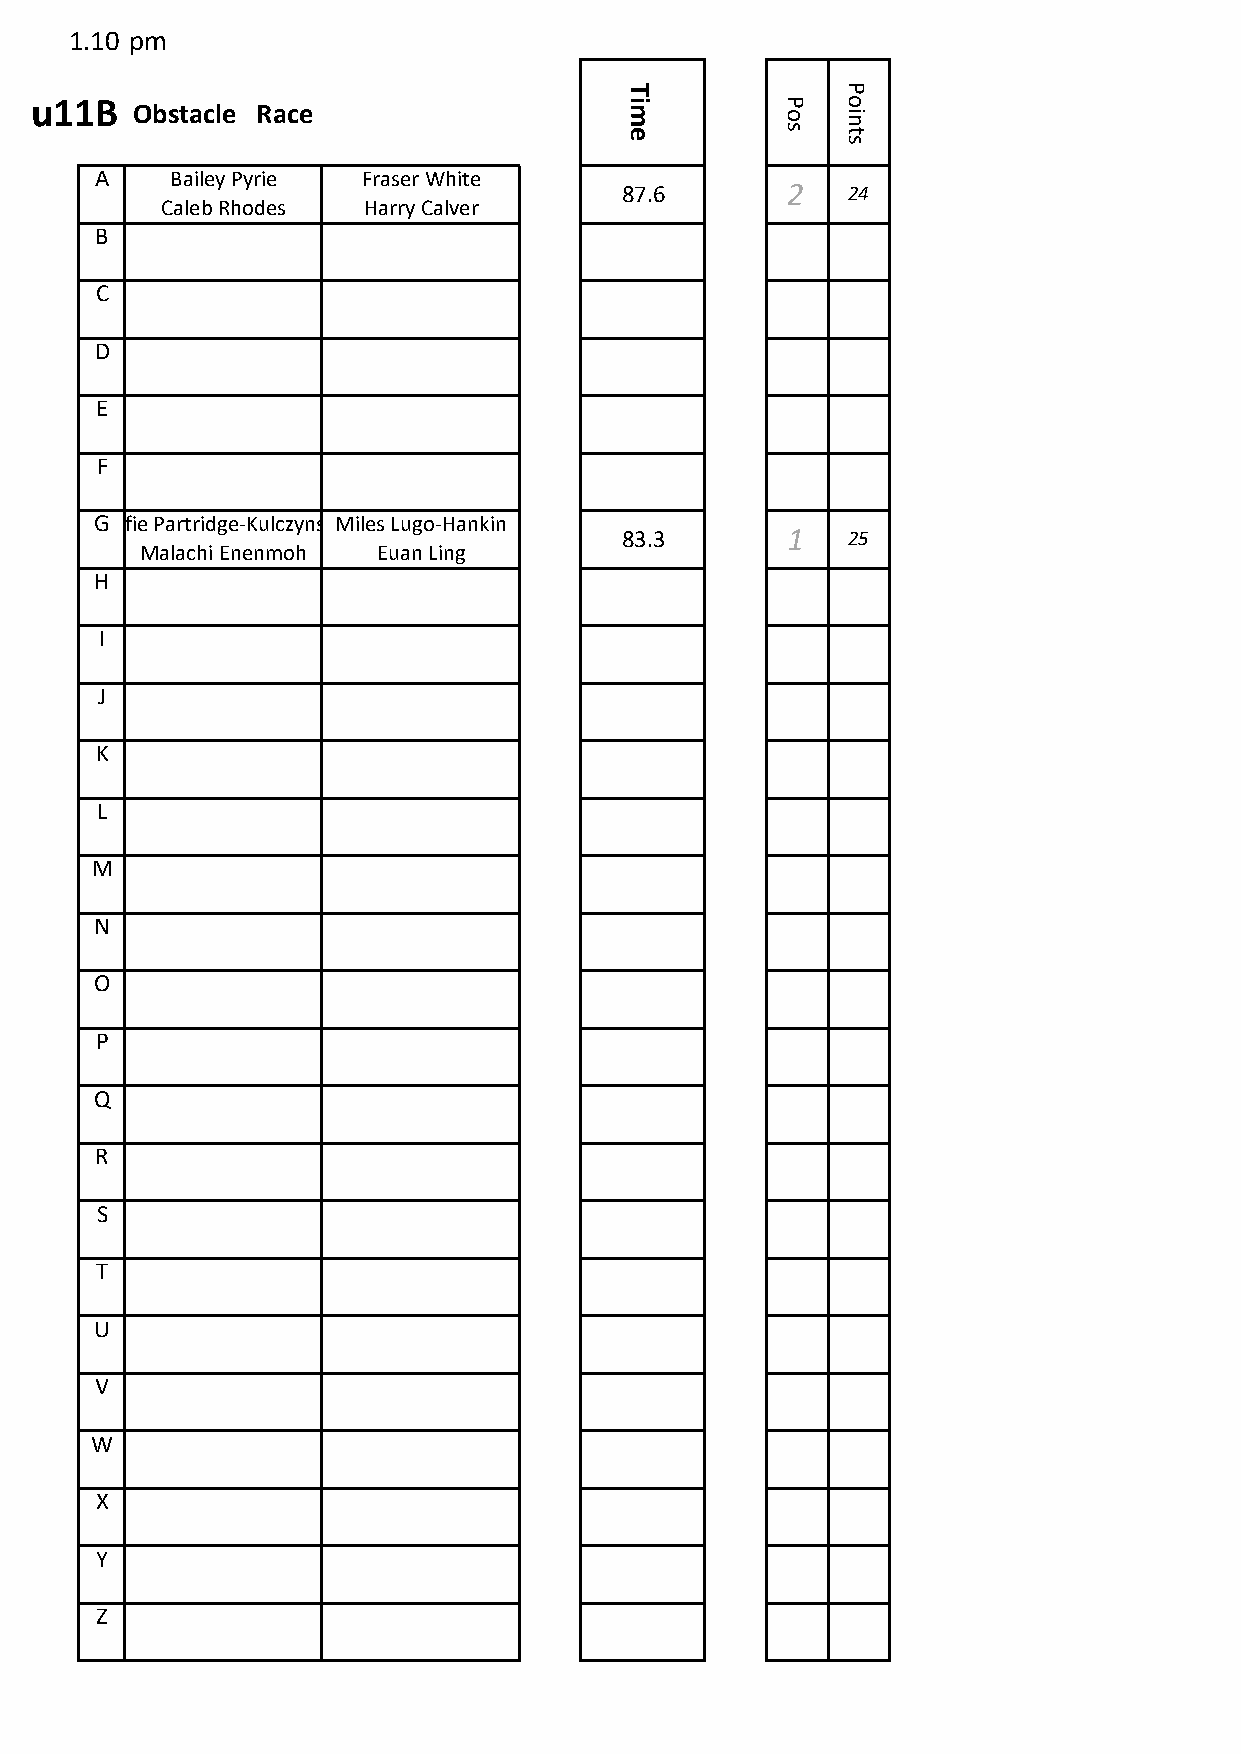
1.10 pm
 T              P
 u11B   Obstacle Race                   i m        P o o in
 e          s   t
 s
 A    Bailey Pyrie Fraser White
 87.6       2   24
 Caleb Rhodes Harry Calver
 B
 C
 D
 E
 F
 GAlfie Partridge-KulczynskMi iles Lugo-Hankin
 83.3       1   25
 Malachi Enenmoh Euan Ling
 H
 I
 J
 K
 L
 M
 N
 O
 P
 Q
 R
 S
 T
 U
 V
 W
 X
 Y
 Z